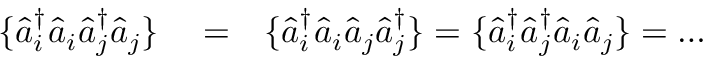
\begin{array} { r l r } { \{ \hat { a } _ { i } ^ { \dagger } \hat { a } _ { i } \hat { a } _ { j } ^ { \dagger } \hat { a } _ { j } \} } & { { } = } & { \{ \hat { a } _ { i } ^ { \dagger } \hat { a } _ { i } \hat { a } _ { j } \hat { a } _ { j } ^ { \dagger } \} = \{ \hat { a } _ { i } ^ { \dagger } \hat { a } _ { j } ^ { \dagger } \hat { a } _ { i } \hat { a } _ { j } \} = \dots } \end{array}